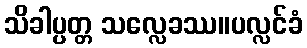
သိခါပ္ပတ္တ သလ္လေခဿ။ပလ္လင်ခံ